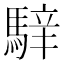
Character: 𩤑